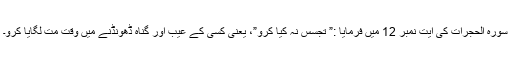
سورہ الحجرات کی آیت نمبر 12 میں فرمایا :” تجسس نہ کیا کرو”، یعنی کسی کے عیب اور گناہ ڈھونڈنے میں وقت مت لگایا کرو۔